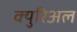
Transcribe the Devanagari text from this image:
क्युरिअल